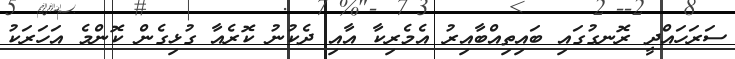
ސަރަހައްދީ ރޮނގުގައި ބައިތިއްބާއިރު އެމެރިކާ އާއި ދެކުނު ކޮރެއާ ގުޅިގެން ކޮންމެ އަހަރަކު